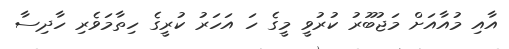
އާއި މުއާއަށް މަޖުބޫރު ކުރުވީ މީގެ ހަ އަހަރު ކުރީގެ ހިތާމަވެރި ހާދިސާ